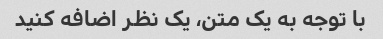
با توجه به یک متن، یک نظر اضافه کنید